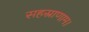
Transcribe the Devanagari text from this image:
सहस्राणाम।